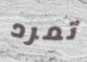
تمرد